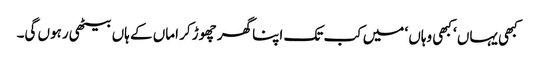
کبھی یہاں ‘ کبھی وہاں ‘ میں کب تک اپنا گھر چھوڑ کر اماں کے ہاں بیٹھی رہوں گی۔